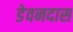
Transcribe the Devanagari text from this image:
डेवनदास